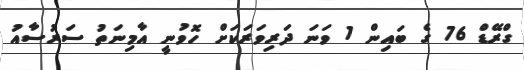
ގްރޭޑް 76 ގެ ބައިން 1 ވަނަ ދަރިވަރަކަށް ހޮވުނީ އާމިނަތު ސަރުސާއު